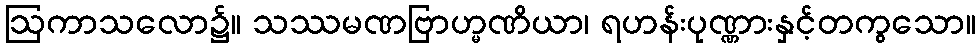
ဩကာသလော၌။ သဿမဏဗြာဟ္မဏိယာ၊ ရဟန်းပုဏ္ဏားနှင့်တကွသော။